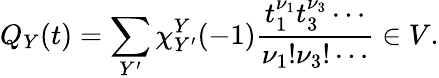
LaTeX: Q_{Y}(t)=\sum_{Y^{\prime}}\chi_{Y^{\prime}}^{Y}(-1)\frac{t_{1}^{\nu_{1}}t_{3}^{\nu_{3}}\cdots}{\nu_{1}!\nu_{3}!\cdots}\in V.